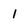
Character: 1